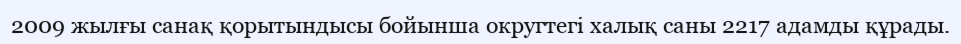
2009 жылғы санақ қорытындысы бойынша округтегі халық саны 2217 адамды құрады.